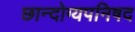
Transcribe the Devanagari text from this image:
छान्दोग्यपनिषद